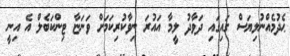
ޙެދުމެއްނުލިޔަސް ގައިގައި ދަވާދު ލީމާ އައުރަ ނިވާކުރިކަމަށް ވަނަޏާ ޓިންކަބެލް އެ އިނީ